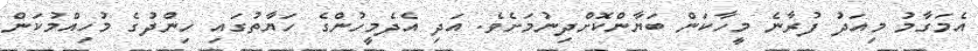
އެމަގާމު މިއަދު ފުރާނެ މީހާކަން ބަޔާންކޮށްދިނުމަށެވެ. އަދި އެދެމީހުންގެ ހަޔާތުގައި ހިންދުގެ މުހިއްމުކަން